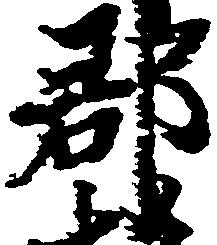
郡